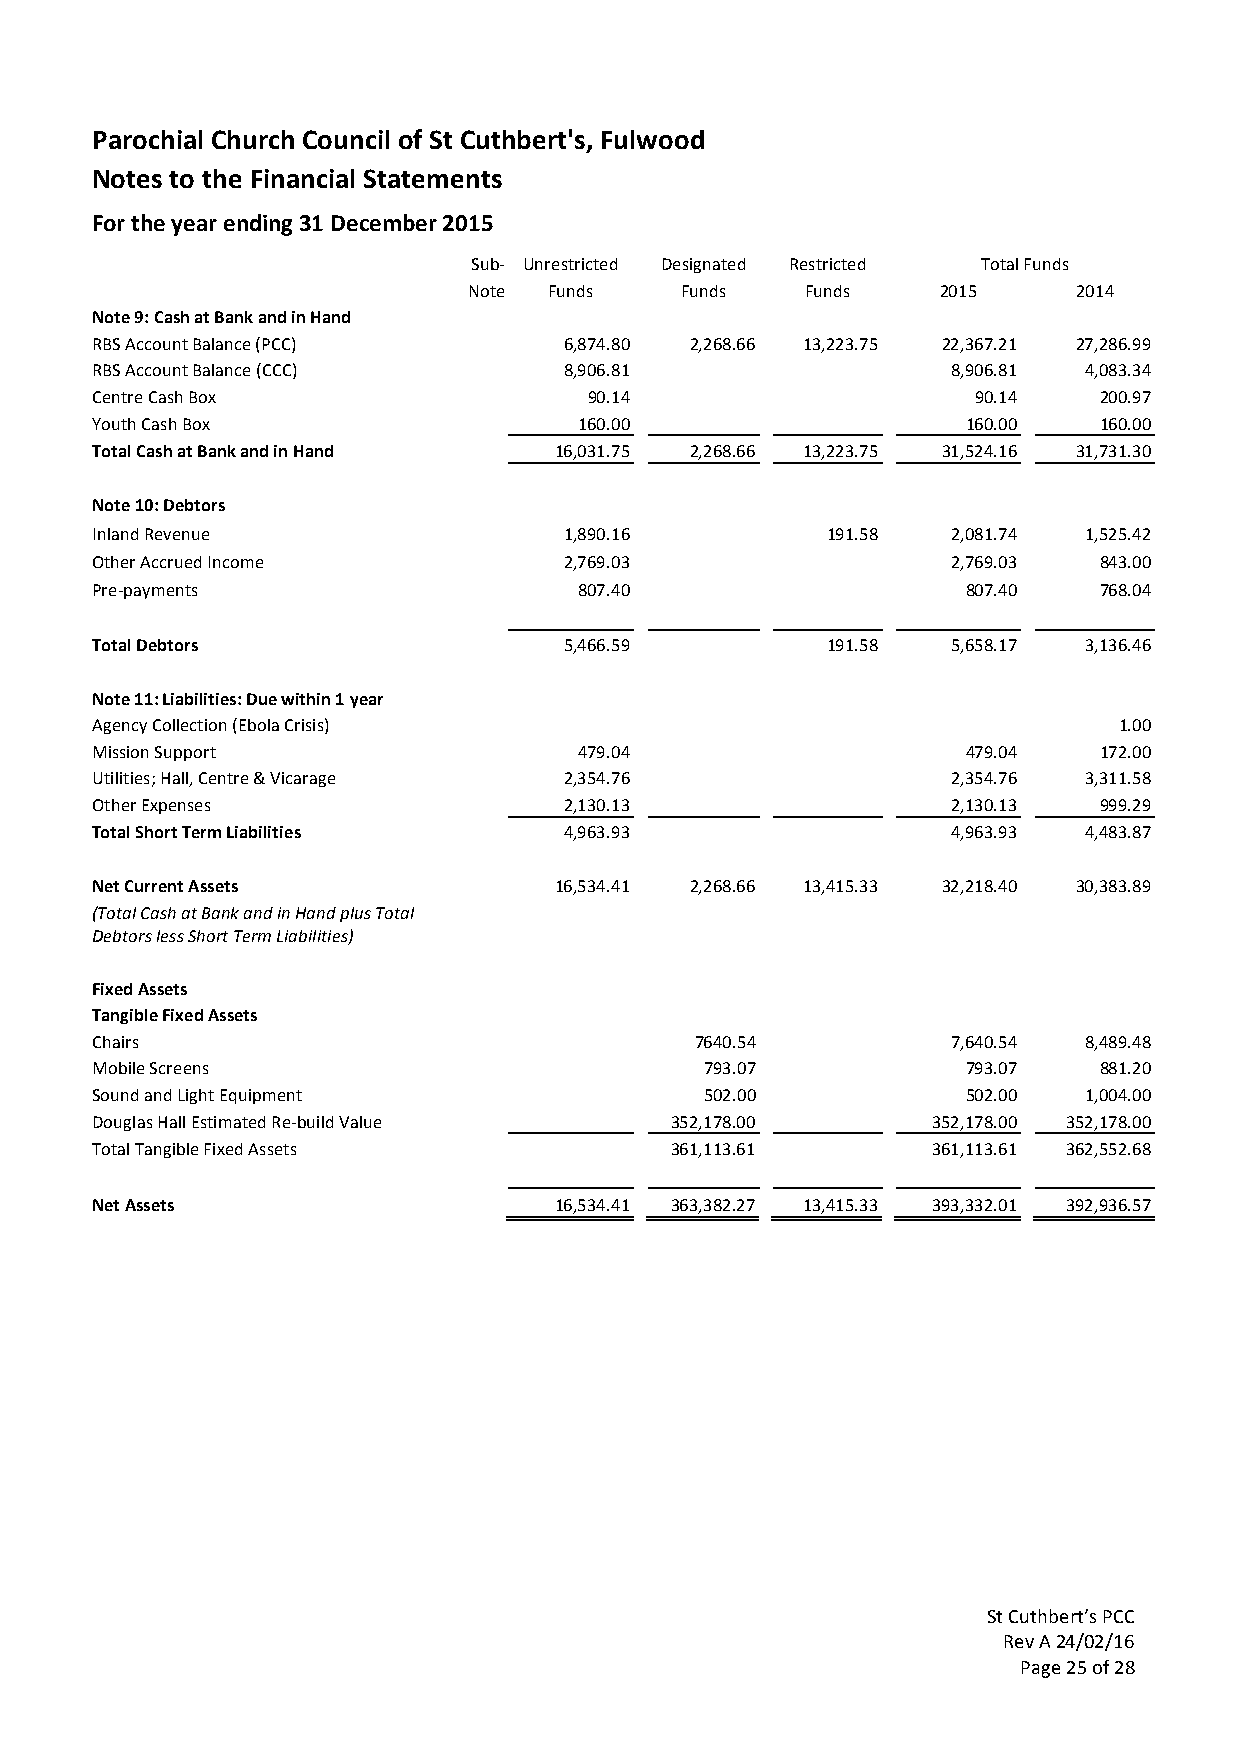
Parochial Church Council of St Cuthbert's, Fulwood
 Notes to the Financial Statements
 For the year ending 31 December 2015
 Sub- Unrestricted Designated Restricted Total Funds
 Note Funds    Funds   Funds    2015     2014
 Note 9: Cash at Bank and in Hand
 RBS Account Balance (PCC)      6,874.80 2,268.66 13,223.75 22,367.21 27,286.99
 RBS Account Balance (CCC)      8,906.81                  8,906.81 4,083.34
 Centre Cash Box                  90.14                     90.14   200.97
 Youth Cash Box                  160.00                    160.00   160.00
 Total Cash at Bank and in Hand 16,031.75 2,268.66 13,223.75 31,524.16 31,731.30
 Note 10: Debtors
 Inland Revenue                 1,890.16          191.58  2,081.74 1,525.42
 Other Accrued Income           2,769.03                  2,769.03  843.00
 Pre-payments                    807.40                    807.40   768.04
 Total Debtors                  5,466.59          191.58  5,658.17 3,136.46
 Note 11: Liabilities: Due within 1 year
 Agency Collection (Ebola Crisis)                                    1.00
 Mission Support                 479.04                    479.04   172.00
 Utilities; Hall, Centre & Vicarage 2,354.76              2,354.76 3,311.58
 Other Expenses                 2,130.13                  2,130.13  999.29
 Total Short Term Liabilities   4,963.93                  4,963.93 4,483.87
 Net Current Assets             16,534.41 2,268.66 13,415.33 32,218.40 30,383.89
 (Total Cash at Bank and in Hand plus Total
 Debtors less Short Term Liabilities)
 Fixed Assets
 Tangible Fixed Assets
 Chairs                                  7640.54          7,640.54 8,489.48
 Mobile Screens                           793.07           793.07   881.20
 Sound and Light Equipment                502.00           502.00  1,004.00
 Douglas Hall Estimated Re-build Value 352,178.00        352,178.00 352,178.00
 Total Tangible Fixed Assets           361,113.61        361,113.61 362,552.68
 Net Assets                     16,534.41 363,382.27 13,415.33 393,332.01 392,936.57
 St Cuthbert’s PCC
 Rev A 24/02/16
 Page 25 of 28